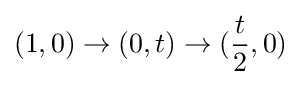
(1,0)\rightarrow (0,t)\rightarrow ({\frac {t}{2}},0)